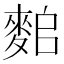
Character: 𪌤